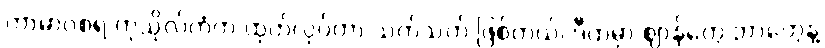
ကာမာဝစရ ကုသိုလ်ကံက ထုတ်လုပ်တာ သက်သက် ဖြစ်တယ်၊ ဒီထဲမှာ ဈာန်တွေ ဘာတွေနဲ့